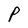
Character: P